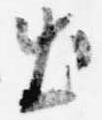
出